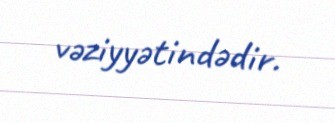
vəziyyətindədir.